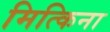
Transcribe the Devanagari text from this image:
मित्किना